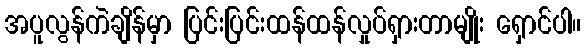
အပူလွန်ကဲချိန်မှာ ပြင်းပြင်းထန်ထန်လှုပ်ရှားတာမျိုး ရှောင်ပါ။